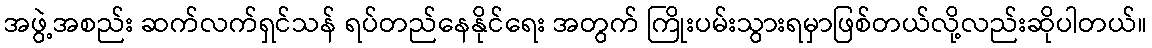
အဖွဲ့အစည်း ဆက်လက်ရှင်သန် ရပ်တည်နေနိုင်ရေး အတွက် ကြိုးပမ်းသွားရမှာဖြစ်တယ်လို့လည်းဆိုပါတယ်။